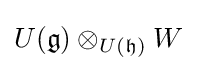
U({\mathfrak {g}})\otimes _{U({\mathfrak {h}})}W